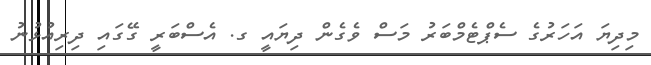
މިދިޔަ އަހަރުގެ ސެޕްޓެމްބަރު މަސް ވެގެން ދިޔައީ ގ. އެސްބަރީ ގޭގައި ދިރިއުޅުނު